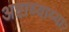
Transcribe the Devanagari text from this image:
अष्टाध्याय्याः